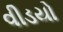
વીડયો